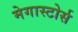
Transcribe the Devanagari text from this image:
मेगास्टोर्स